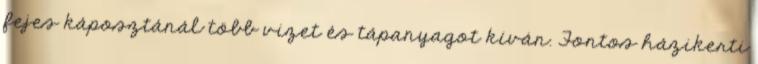
fejes káposztánál több vizet és tápanyagot kíván. Fontos házikerti